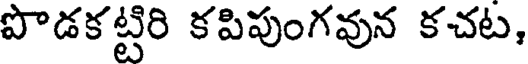
పొడకట్టిరి కపిపుంగవున కచట,